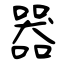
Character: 器